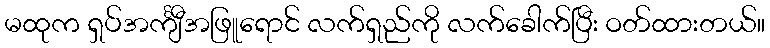
မထုက ရှပ်အင်္ကျီအဖြူရောင် လက်ရှည်ကို လက်ခေါက်ပြီး ဝတ်ထားတယ်။